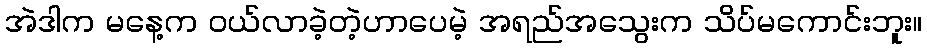
အဲဒါက မနေ့က ဝယ်လာခဲ့တဲ့ဟာပေမဲ့ အရည်အသွေးက သိပ်မကောင်းဘူး။